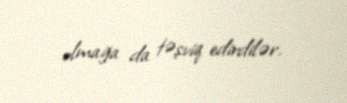
olmağa da təşviq edirdilər.